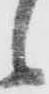
候